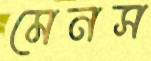
মেনস